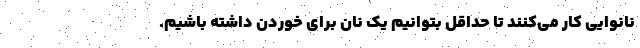
نانوایی کار می‌کنند تا حداقل بتوانیم یک نان برای خوردن داشته باشیم.